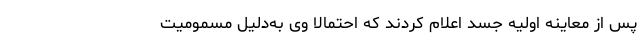
پس از معاینه اولیه جسد اعلام کردند که احتمالا وی به‌دلیل مسمومیت